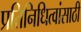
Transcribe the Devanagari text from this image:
प्रतिनिधित्वांसाठी